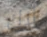
لاك